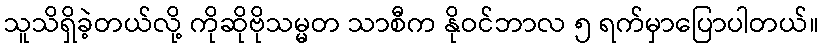
သူသိရှိခဲ့တယ်လို့ ကိုဆိုဗိုသမ္မတ သာစီက နိုဝင်ဘာလ ၅ ရက်မှာပြောပါတယ်။